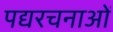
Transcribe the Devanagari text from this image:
पद्यरचनाओं